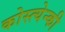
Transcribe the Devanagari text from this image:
कोस्त्येन्की